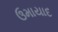
ઉમાયાદ